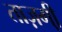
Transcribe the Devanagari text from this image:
ताज़गी़